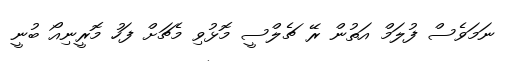
ނަމަވެސް ފުލަމް އަތުން ރޭ ޗެލްސީ މޮޅުވި މެޗަށް ފަހު މޮރީނިއޯ ބުނީ